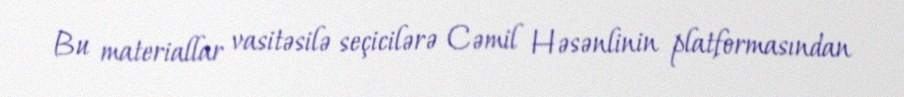
Bu materiallar vasitəsilə seçicilərə Cəmil Həsənlinin platformasından